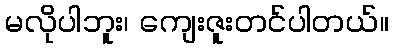
မလိုပါဘူး၊ ကျေးဇူးတင်ပါတယ်။